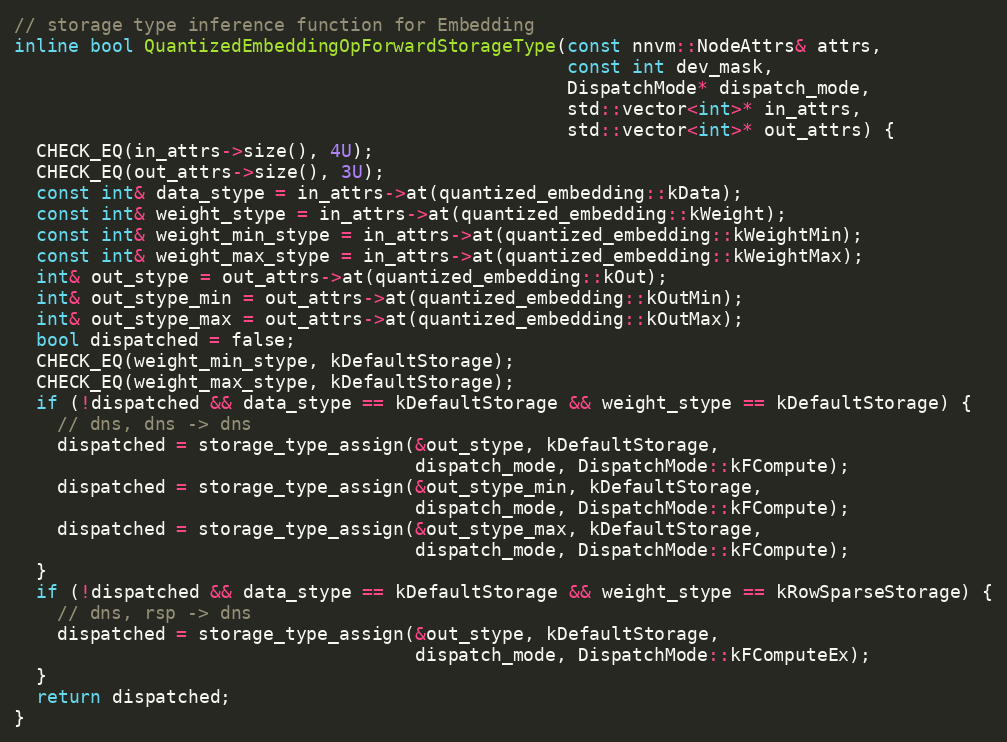
Language: C++
// storage type inference function for Embedding
inline bool QuantizedEmbeddingOpForwardStorageType(const nnvm::NodeAttrs& attrs,
                                                   const int dev_mask,
                                                   DispatchMode* dispatch_mode,
                                                   std::vector<int>* in_attrs,
                                                   std::vector<int>* out_attrs) {
  CHECK_EQ(in_attrs->size(), 4U);
  CHECK_EQ(out_attrs->size(), 3U);
  const int& data_stype = in_attrs->at(quantized_embedding::kData);
  const int& weight_stype = in_attrs->at(quantized_embedding::kWeight);
  const int& weight_min_stype = in_attrs->at(quantized_embedding::kWeightMin);
  const int& weight_max_stype = in_attrs->at(quantized_embedding::kWeightMax);
  int& out_stype = out_attrs->at(quantized_embedding::kOut);
  int& out_stype_min = out_attrs->at(quantized_embedding::kOutMin);
  int& out_stype_max = out_attrs->at(quantized_embedding::kOutMax);
  bool dispatched = false;
  CHECK_EQ(weight_min_stype, kDefaultStorage);
  CHECK_EQ(weight_max_stype, kDefaultStorage);
  if (!dispatched && data_stype == kDefaultStorage && weight_stype == kDefaultStorage) {
    // dns, dns -> dns
    dispatched = storage_type_assign(&out_stype, kDefaultStorage,
                                     dispatch_mode, DispatchMode::kFCompute);
    dispatched = storage_type_assign(&out_stype_min, kDefaultStorage,
                                     dispatch_mode, DispatchMode::kFCompute);
    dispatched = storage_type_assign(&out_stype_max, kDefaultStorage,
                                     dispatch_mode, DispatchMode::kFCompute);
  }
  if (!dispatched && data_stype == kDefaultStorage && weight_stype == kRowSparseStorage) {
    // dns, rsp -> dns
    dispatched = storage_type_assign(&out_stype, kDefaultStorage,
                                     dispatch_mode, DispatchMode::kFComputeEx);
  }
  return dispatched;
}